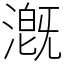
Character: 漑